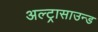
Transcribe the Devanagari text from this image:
अल्ट्रासाउन्ड